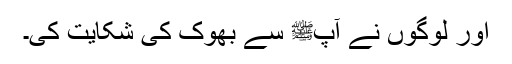
اور لوگوں نے آپﷺ سے بھوک کی شکایت کی۔